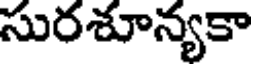
సురశూన్యకా